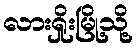
လားရှိုးမြို့သို့